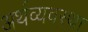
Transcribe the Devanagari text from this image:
अर्थव्यवस्‍था